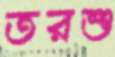
তরশু